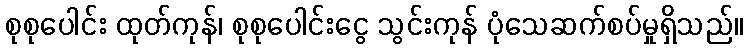
စုစုပေါင်း ထုတ်ကုန်၊ စုစုပေါင်းငွေ သွင်းကုန် ပုံသေဆက်စပ်မှုရှိသည်။